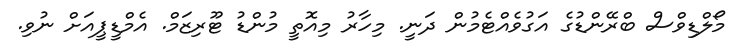
މޯލްޑިވްސް ބްރޭންޑުގެ އަގުވެއްޓެމުން ދަނީ. މިހާރު މިއޮތީ މުންޑު ޓޫރިޒަމް. އެމްޑީޕީއަށް ނުވި.